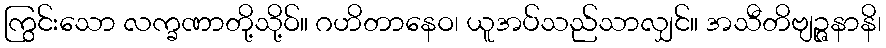
ကြွင်းသော လက္ခဏာတို့သို့ဝ်။ ဂဟိတာနေဝ၊ ယူအပ်သည်သာလျှင်။ အသီတိဗျဉ္ဇနာနိ၊